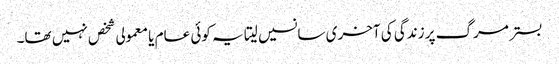
بستر مرگ پر زندگی کی آخری سانسیں لیتا یہ کوئی عام یا معمولی شخص نہیں تھا۔